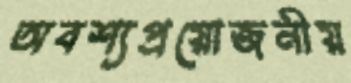
অবশ্যপ্রয়োজনীয়